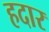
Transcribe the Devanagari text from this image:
हदार